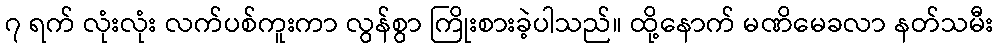
၇ ရက် လုံးလုံး လက်ပစ်ကူးကာ လွန်စွာ ကြိုးစားခဲ့ပါသည်။ ထို့နောက် မဏိမေခလာ နတ်သမီး